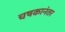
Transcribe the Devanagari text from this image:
चषकानंतर